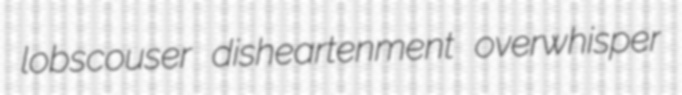
lobscouser disheartenment overwhisper